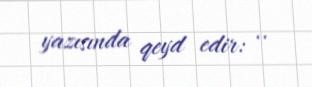
yazısında qeyd edir: ..